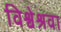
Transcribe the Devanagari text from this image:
विश्वेश्रवा